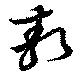
敖